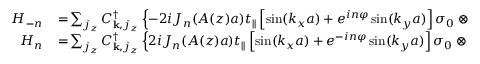
\begin{array} { r l } { H _ { - n } } & { { } \! = \! \sum _ { j _ { z } } C _ { { \bf k } , j _ { z } } ^ { \dagger } \left\{ - 2 i { \cal J } _ { n } ( A ( z ) a ) t _ { | | } \left[ \sin ( k _ { x } a ) + e ^ { i n \varphi } \sin ( k _ { y } a ) \right] \sigma _ { 0 } \otimes \tau _ { z } \right. } \\ { H _ { n } } & { { } \! = \! \sum _ { j _ { z } } C _ { { \bf k } , j _ { z } } ^ { \dagger } \left\{ 2 i { \cal J } _ { n } ( A ( z ) a ) t _ { | | } \left[ \sin ( k _ { x } a ) + e ^ { - i n \varphi } \sin ( k _ { y } a ) \right] \sigma _ { 0 } \otimes \tau _ { z } \right. } \end{array}